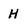
Character: H